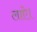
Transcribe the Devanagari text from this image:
लाऐ।